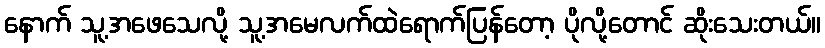
နောက် သူ့အဖေသေလို့ သူ့အမေလက်ထဲရောက်ပြန်တော့ ပိုလို့တောင် ဆိုးသေးတယ်။